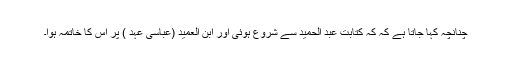
چنانچہ کہا جاتا ہے کہ کہ کتابت عبد الحمید سے شروع ہوئی اور ابن العمید (عباسی عہد ) پر اس کا خاتمہ ہوا۔